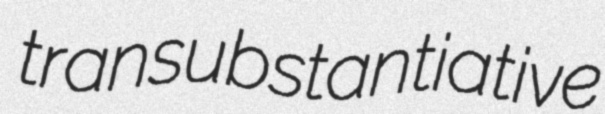
transubstantiative